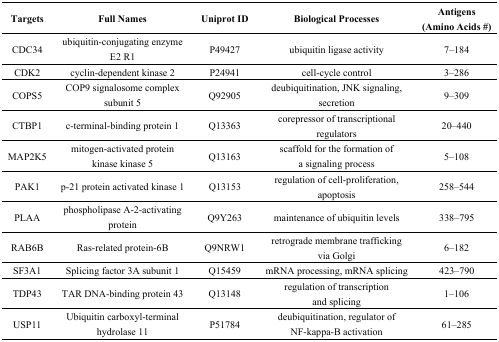
<table><thead><tr><td><b>Targets</b></td><td><b>Full Names</b></td><td><b>Uniprot ID</b></td><td><b>Biological Processes</b></td><td><b>Antigens (Amino Acids #)</b></td></tr></thead><tbody><tr><td>CDC34</td><td>ubiquitin-conjugating enzyme E2 R1</td><td>P49427</td><td>ubiquitin ligase activity</td><td>7–184</td></tr><tr><td>CDK2</td><td>cyclin-dependent kinase 2</td><td>P24941</td><td>cell-cycle control</td><td>3–286</td></tr><tr><td>COPS5</td><td>COP9 signalosome complex subunit 5</td><td>Q92905</td><td>deubiquitination, JNK signaling, secretion</td><td>9–309</td></tr><tr><td>CTBP1</td><td>c-terminal-binding protein 1</td><td>Q13363</td><td>corepressor of transcriptional regulators</td><td>20–440</td></tr><tr><td>MAP2K5</td><td>mitogen-activated protein kinase kinase 5</td><td>Q13163</td><td>scaffold for the formation of a signaling process</td><td>5–108</td></tr><tr><td>PAK1</td><td>p-21 protein activated kinase 1</td><td>Q13153</td><td>regulation of cell-proliferation, apoptosis</td><td>258–544</td></tr><tr><td>PLAA</td><td>phospholipase A-2-activating protein</td><td>Q9Y263</td><td>maintenance of ubiquitin levels</td><td>338–795</td></tr><tr><td>RAB6B</td><td>Ras-related protein-6B</td><td>Q9NRW1</td><td>retrograde membrane trafficking via Golgi</td><td>6–182</td></tr><tr><td>SF3A1</td><td>Splicing factor 3A subunit 1</td><td>Q15459</td><td>mRNA processing, mRNA splicing</td><td>423–790</td></tr><tr><td>TDP43</td><td>TAR DNA-binding protein 43</td><td>Q13148</td><td>regulation of transcription and splicing</td><td>1–106</td></tr><tr><td>USP11</td><td>Ubiquitin carboxyl-terminal hydrolase 11</td><td>P51784</td><td>deubiquitination, regulator of NF-kappa-B activation</td><td>61–285</td></tr></tbody></table>